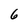
Character: 6